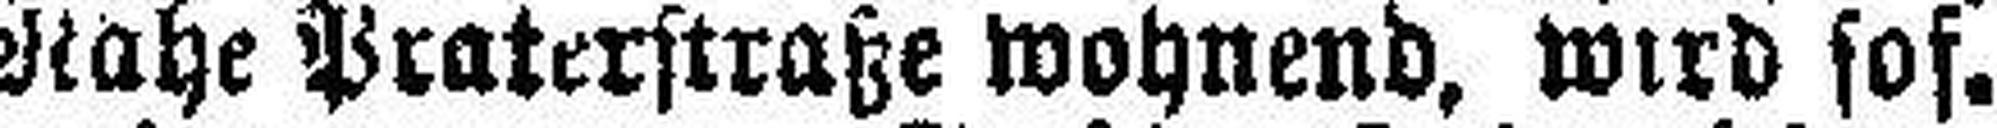
Nahe Praterstraße wohnend, wird sof¬